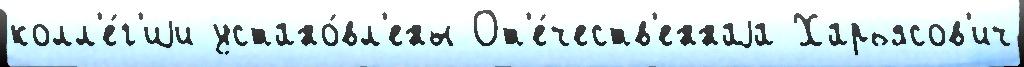
колл'е́г'иjи устано́вл'ены От'е́честв'еннаjа Харьясов'ич